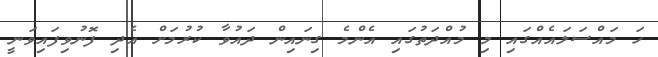
ހަ މައްސަލައެއްގައި މި މުއްދަތުގައި އެންމެ ގިނައިން ދައުވާ ކުރުމަށް އެދި ފޮނުވިފައިވަނީ